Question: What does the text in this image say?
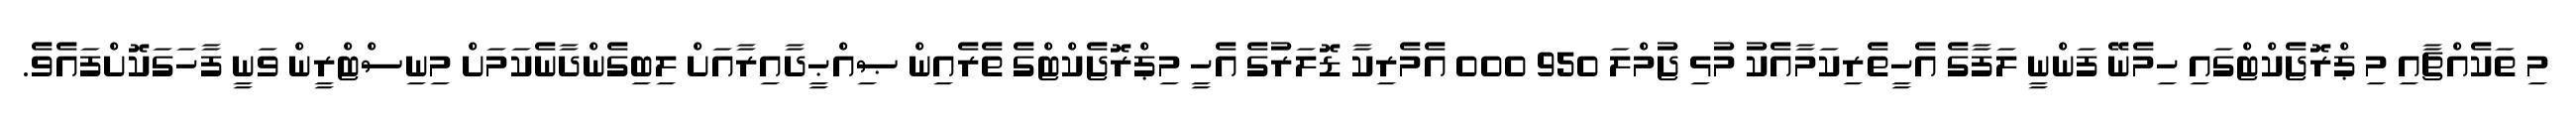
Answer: މި ތަކެއްޗާއި މި ޕްރޮޖެކްޓްގައި ހިމެނޭ ފަންނީ ލަފާގެ އެހީތެރިކަމާއެކު މުޅި ޖުމްލަ 950 000 އެމެރިކާ ޑޮލަރުގެ އެހީ މިޕްރޮޖެކްޓްގެ ތެރެއިން ޞިއްޙީދާއިރާއަށް ލިބިގެންދާނެކަމަށް މިނިސްޓްރީން ވަނީ ފާހަގަކޮށްފައެވެ.